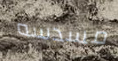
مسدسه